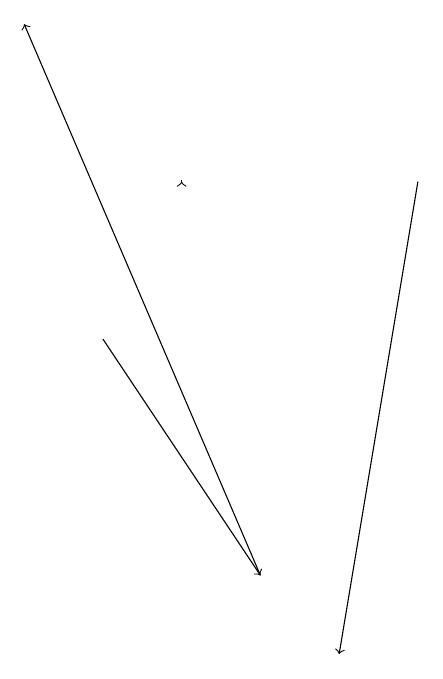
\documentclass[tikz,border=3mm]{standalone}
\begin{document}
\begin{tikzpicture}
\draw[->] (5,16) -- (5,16);
\draw[->] (8,16) -- (7,10);
\draw[->] (4,14) -- (6,11);
\draw[->] (6,11) -- (3,18);
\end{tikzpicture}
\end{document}